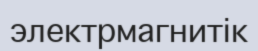
электрмагнитік